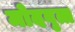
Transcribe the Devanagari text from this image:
मोदवृत्त